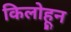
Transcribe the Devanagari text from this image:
किलोहून